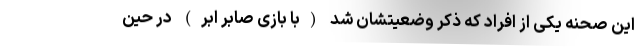
این صحنه یکی از افراد که ذکر وضعیتشان شد (با بازی صابر ابر) در حین